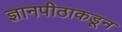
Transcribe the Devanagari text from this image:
ज्ञानपीठाकडून